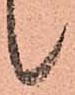
候